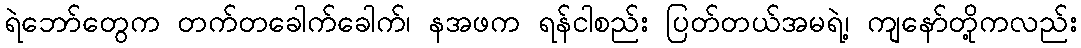
ရဲဘော်တွေက တက်တခေါက်ခေါက်၊ နအဖက ရန်ငါစည်း ပြတ်တယ်အမရဲ့၊ ကျနော်တို့ကလည်း